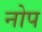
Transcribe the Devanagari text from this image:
नोप